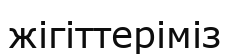
жігіттеріміз